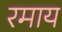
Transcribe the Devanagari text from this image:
रमाय